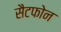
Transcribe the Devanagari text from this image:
सैटफोन